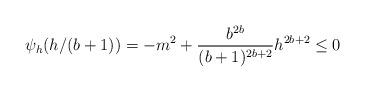
LaTeX: \begin{align*}\psi_h(h/(b + 1)) = -m^2 + \frac{b^{2b}}{(b + 1)^{2b + 2}}h^{2b + 2} \le 0\end{align*}